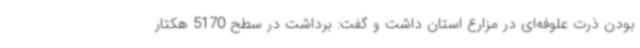
بودن ذرت علوفه‌ای در مزارع استان داشت و گفت: برداشت در سطح 5170 هکتار